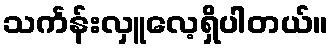
သင်္ကန်းလှူလေ့ရှိပါတယ်။